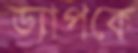
ড্যাপকে